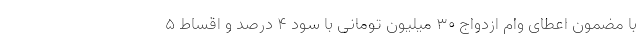
با مضمون اعطای وام ازدواج ۳۰ میلیون تومانی با سود ۴ درصد و اقساط ۵